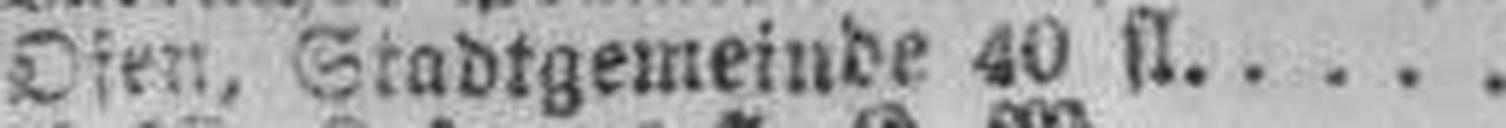
Ofen. Stadtgemeinde 40 fl.